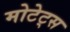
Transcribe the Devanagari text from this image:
मोटेट्स